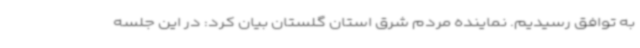
به توافق رسیدیم. نماینده مردم شرق استان گلستان بیان کرد: در این جلسه